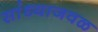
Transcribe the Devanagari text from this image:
सांध्याजवळ